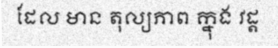
ដែល មាន តុល្យភាព ក្នុង វដ្ត